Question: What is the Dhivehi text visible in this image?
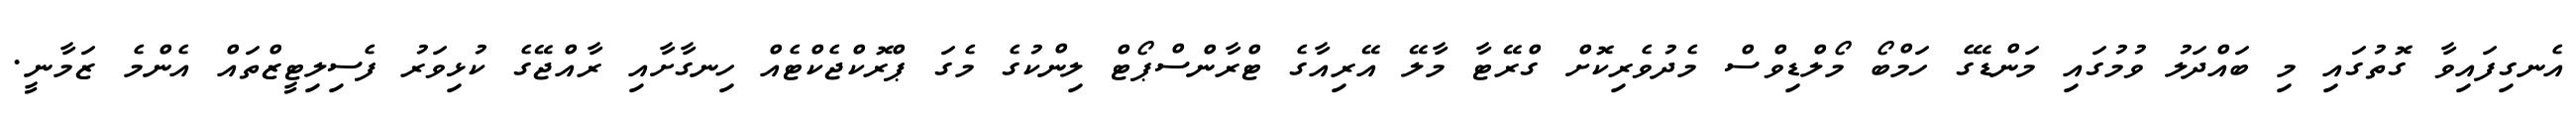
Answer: އެނގިފައިވާ ގޮތުގައި މި ބައްދަލު ވުމުގައި މަންޑޭގެ ހަމްބޯ މޯލްޑިވްސް މެދުވެރިކޮށް ގްރޭޓާ މާލޭ އޭރިއާގެ ޓްރާންސްޕޯޓް ލިންކުގެ މެގަ ޕްރޮކްޖެކްޓެއް ހިނގާށާއި ރާއްޖޭގެ ކުޅިވަރު ފެސިލިޓީޒްތައް އެންމެ ޒަމާނީ.